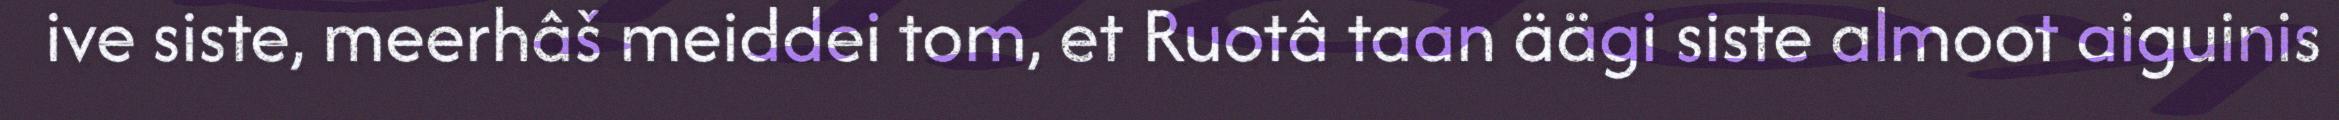
ive siste, meerhâš meiddei tom, et Ruotâ taan äägi siste almoot aiguinis